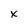
Character: x